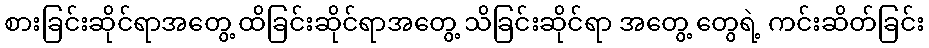
စားခြင်းဆိုင်ရာအတွေ့ ထိခြင်းဆိုင်ရာအတွေ့ သိခြင်းဆိုင်ရာ အတွေ့ တွေရဲ့ ကင်းဆိတ်ခြင်း